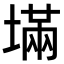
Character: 㙢